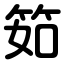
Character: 筎